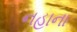
નહાના